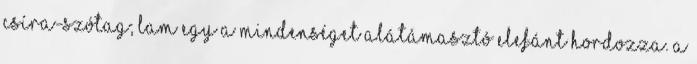
csíra-szótag; LAM egy a mindenséget alátámasztó elefánt hordozza. A